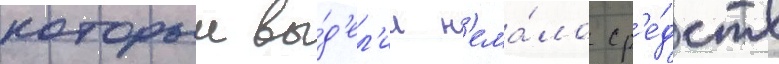
которыи вы́д'ел'ил н'ема́ло ср'е́дств